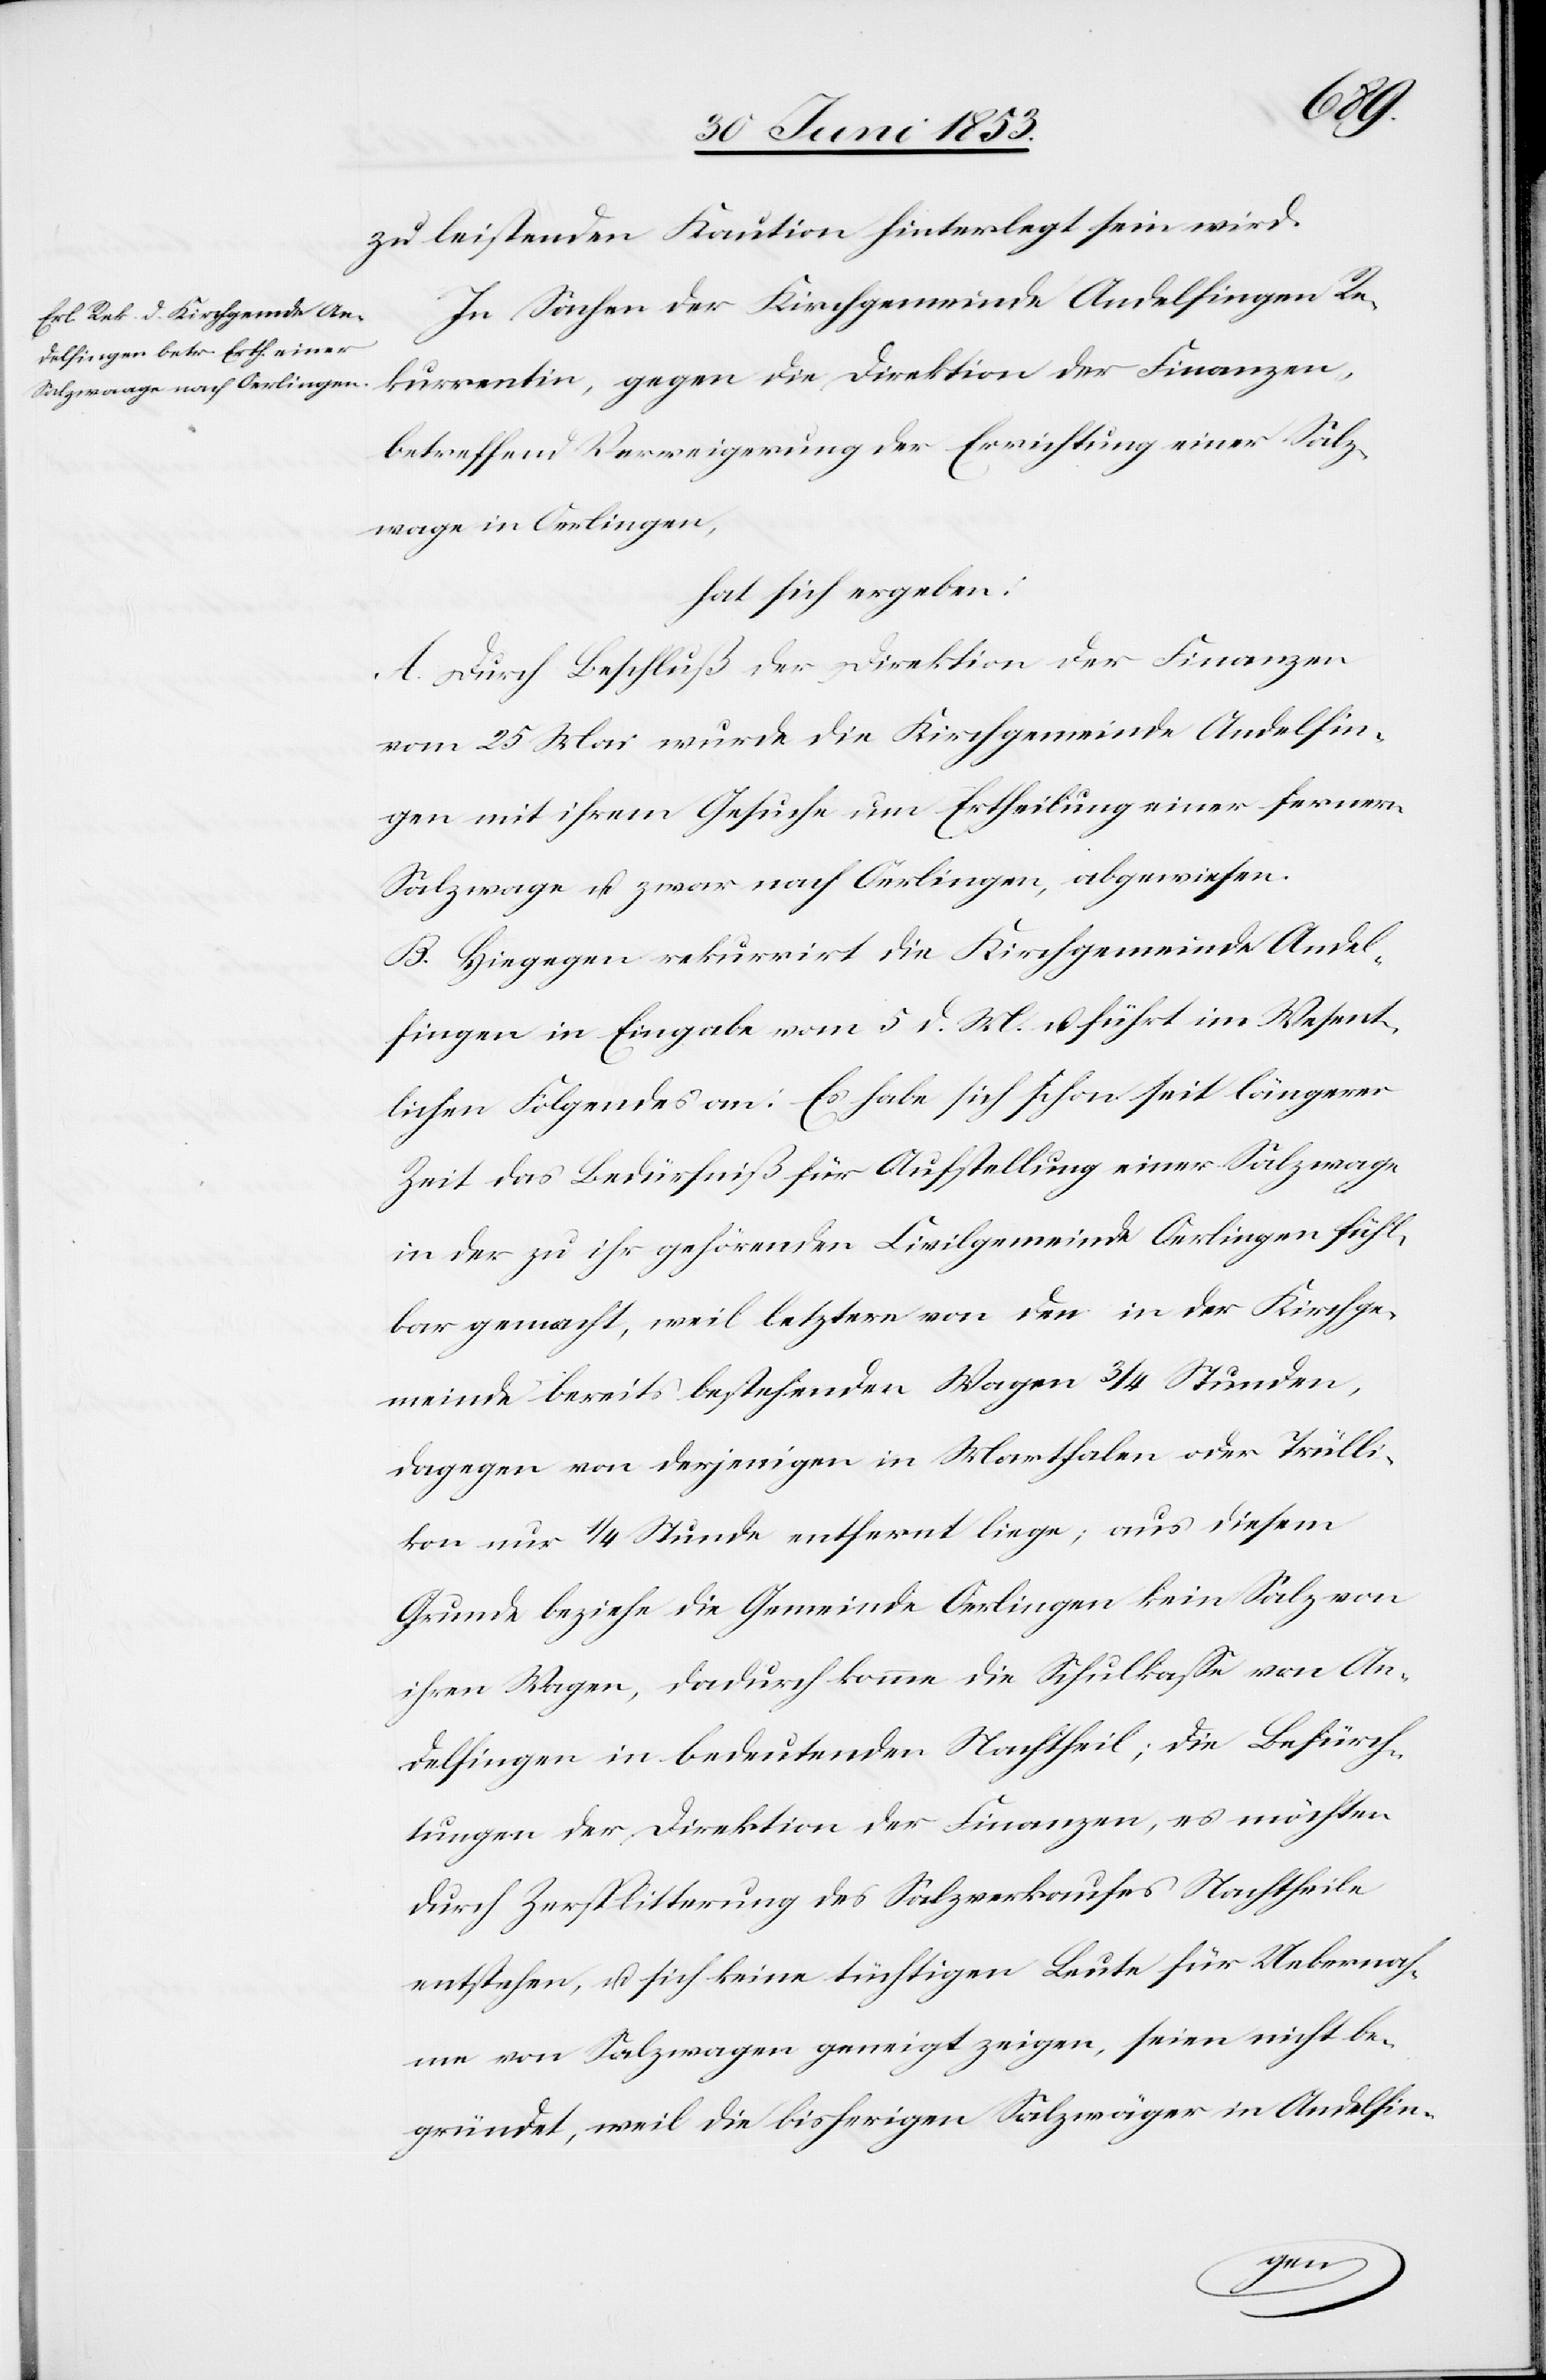
zu leistenden Kaution hinterlegt sein wird.
In Sachen der Kirchgemeinde Andelfingen Re¬
kurrentin, gegen die Direktion der Finanzen,
betreffend Verweigerung der Errichtung einer Salz¬
waage in Oerlingen,
hat sich ergeben:
A. Durch Beschluß der Direktion der Finanzen
vom 25 Mai wurde die Kirchgemeinde Andelfin¬
gen mit ihrem Gesuche um Ertheilung einer fernern
Salzwaage u. zwar nach Oerlingen, abgewiesen.
B. Hingegen rekurrirt die Kirchgemeinde Andel¬
fingen in Eingabe vom 5 d. M. u. führt im Wesent¬
lichen Folgendes an: Es habe sich schon seit längerer
Zeit das Bedürfniß für Aufstellung einer Salzwaage
in der zu ihr gehörenden Civilgemeinde Oerlingen fühl¬
bar gemacht, weil letztere von den in der Kirchge¬
meinde bereits bestehenden Wagen 3/4 Stunden,
dagegen von derjenigen in Marthalen oder Trülli¬
kon nur 1/4 Stunde entfernt liege; aus diesem
Grunde beziehe die Gemeinde Oerlingen kein Salz von
ihren Wagen, dadurch komme die Schuldkaße von An¬
delfingen in bedeutenden Nachtheil; die Befürch¬
tungen der Direktion der Finanzen, es möchten
durch Zersplitterung des Salzverkaufes Nachtheile
entstehen, u. sich keine tüchtigen Leute für Uebernah¬
me von Salzwagen geneigt zeigen, seien nicht be¬
gründet, weil die bisherigen Salzträger in Andelfin-